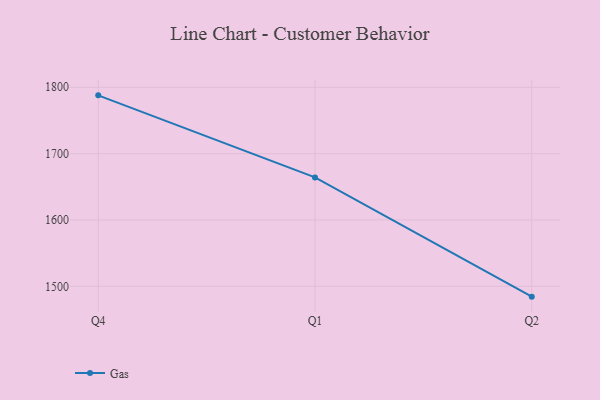
{"axis": {"x": "Quarter", "y": "Tickets Resolved"}, "legend": ["Gas"], "data": [{"x": "Q4", "y": 1787.8, "type": "Gas"}, {"x": "Q1", "y": 1664.1, "type": "Gas"}, {"x": "Q2", "y": 1484.4, "type": "Gas"}]}